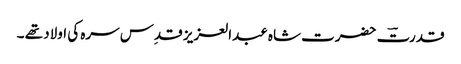
قدرتؔ حضرت شاہ عبدالعزیز قدِس سرہ کی اولاد تھے ۔